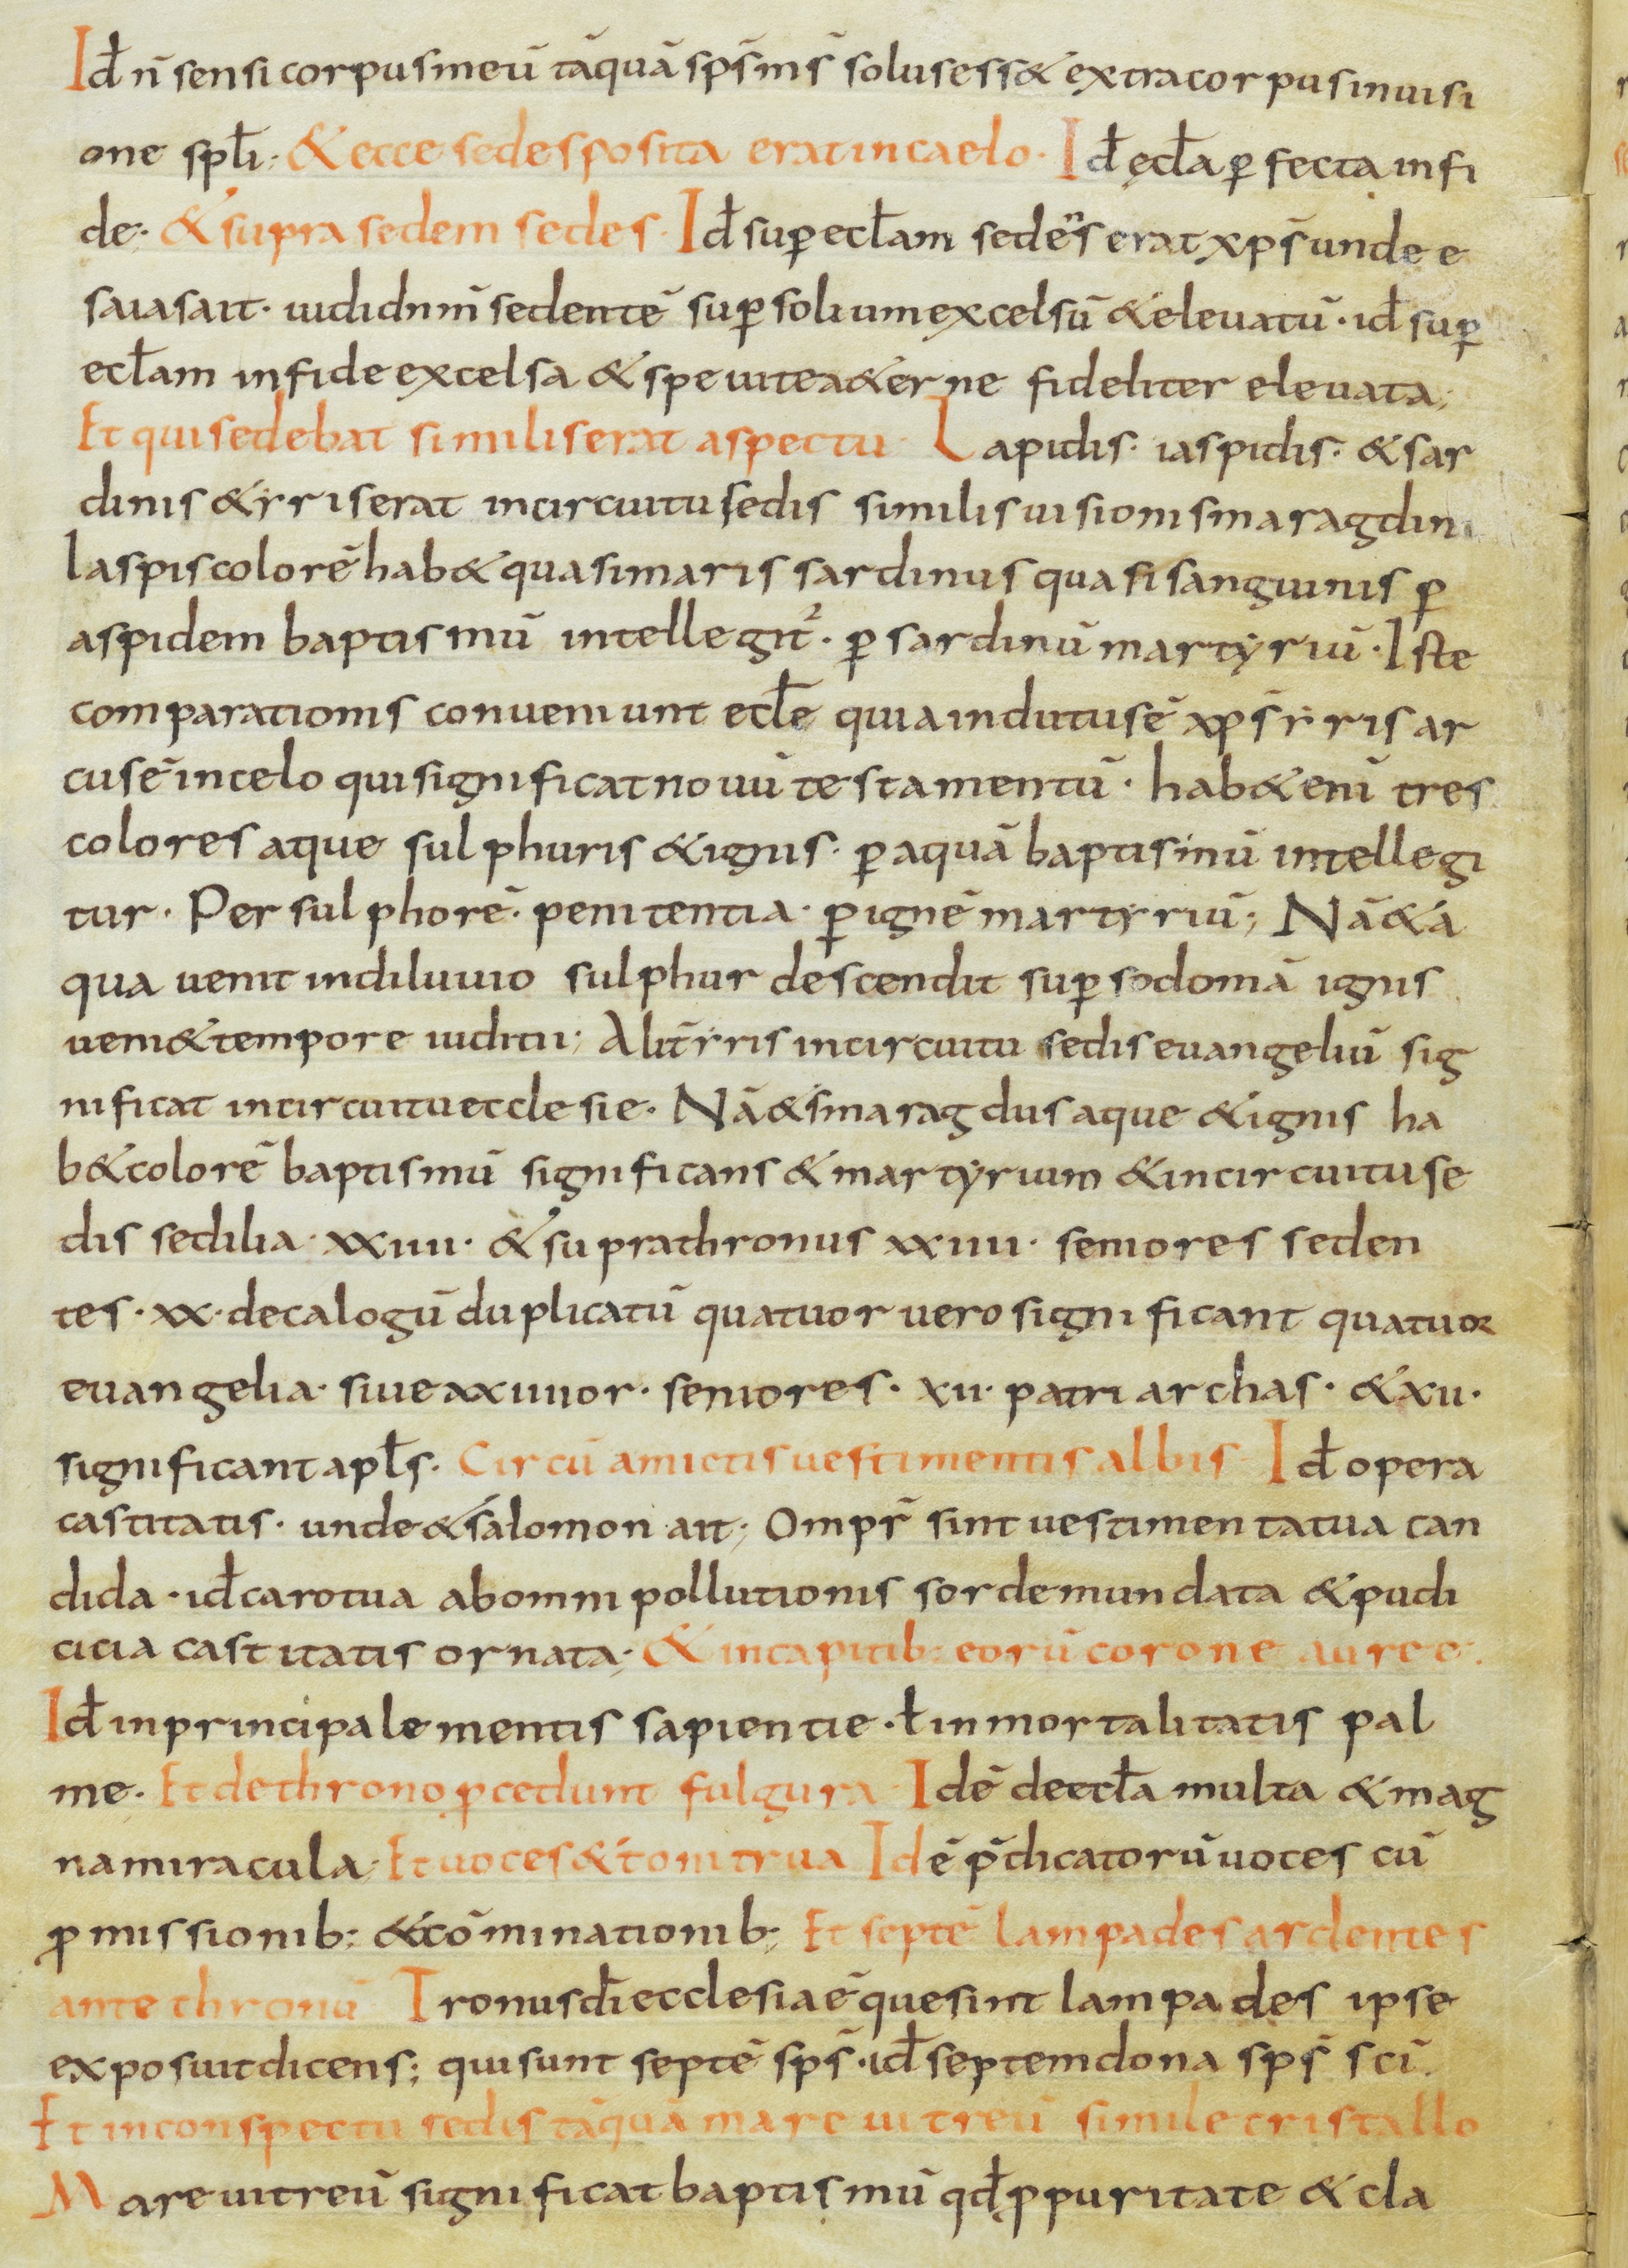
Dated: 800–899